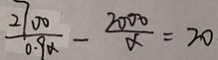
\frac { 2 7 0 0 } { 0 . 9 x } - \frac { 2 0 0 0 } { x } = 2 0